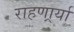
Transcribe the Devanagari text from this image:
राहणार्र्या